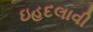
ઇહદલાવી